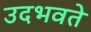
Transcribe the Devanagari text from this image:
उदभवते